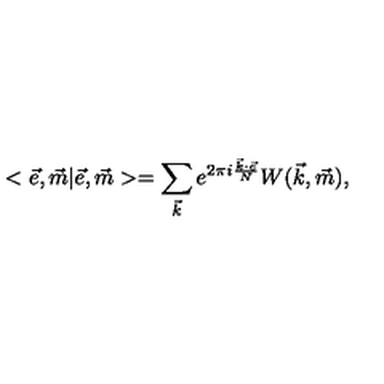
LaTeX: < \vec { e } , \vec { m } | \vec { e } , \vec { m } > = \sum _ { \vec { k } } e ^ { 2 \pi i \frac { \vec { k } \cdot \vec { e } } { N } } W ( \vec { k } , \vec { m } ) ,